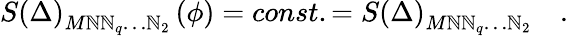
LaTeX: S\left(\Delta\right)_{M\mathbb{N}\mathbb{N}_{q}\ldots\mathbb{N}_{2}}\left(\phi\right)=const.=S\left(\Delta\right)_{M\mathbb{N}\mathbb{N}_{q}\ldots\mathbb{N}_{2}}\quad.